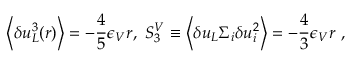
\left< \delta u _ { L } ^ { 3 } ( r ) \right> = - \frac { 4 } { 5 } \epsilon _ { V } r , \ S _ { 3 } ^ { V } \equiv \left< \delta u _ { L } \Sigma _ { i } \delta u _ { i } ^ { 2 } \right> = - \frac { 4 } { 3 } \epsilon _ { V } r \ ,